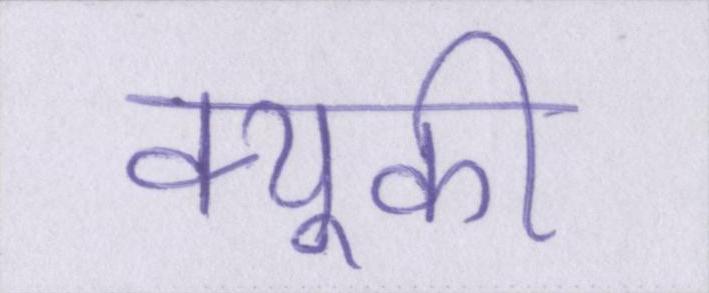
क्यूकी